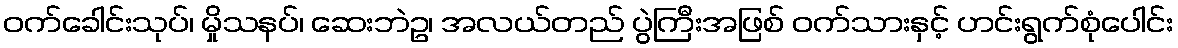
ဝက်ခေါင်းသုပ်၊ မှိုသနပ်၊ ဆေးဘဲဥ၊ အလယ်တည် ပွဲကြီးအဖြစ် ဝက်သားနှင့် ဟင်းရွက်စုံပေါင်း